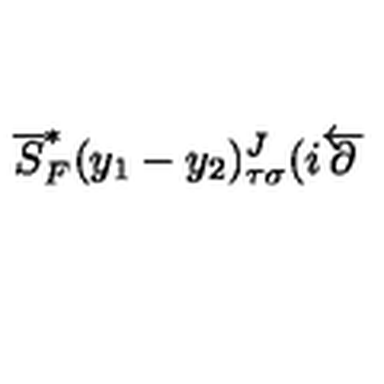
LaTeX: \overline { { S } } _ { F } ^ { * } ( y _ { 1 } - y _ { 2 } ) _ { \tau \sigma } ^ { J } ( i \overleftarrow { { \bf \partial } }